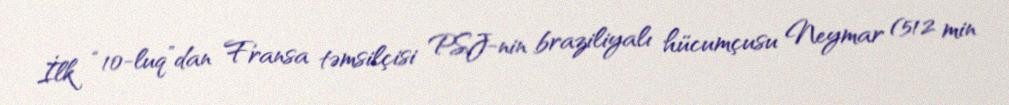
İlk “10-luq”dan Fransa təmsilçisi PSJ-nin braziliyalı hücumçusu Neymar (512 min